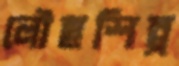
লৌহশিল্প